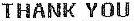
THANK YOU